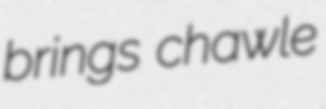
brings chawle